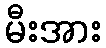
မီးအား